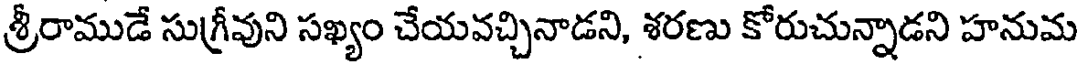
శ్రీరాముడే సుగ్రీవుని సఖ్యం చేయవచ్చినాడని, శరణు కోరుచున్నాడని హనుమ